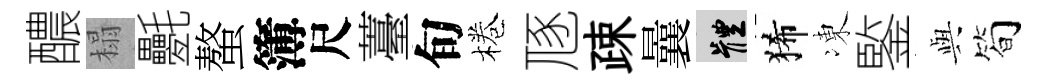
醲榻氎螯簿尺薹旬棬豗疎曩體狶凍鍳𫤰简